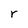
Character: r